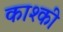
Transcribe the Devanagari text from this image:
काश्की